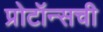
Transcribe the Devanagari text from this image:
प्रोटॉन्सची